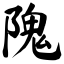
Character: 隗